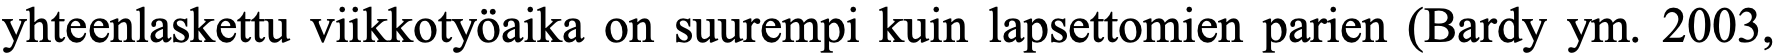
yhteenlaskettu viikkotyöaika on suurempi kuin lapsettomien parien (Bardy ym. 2003,